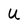
Character: u